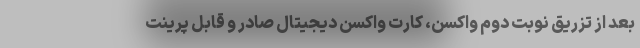
بعد از تزریق نوبت دوم واکسن، کارت واکسن دیجیتال صادر و قابل پرینت